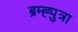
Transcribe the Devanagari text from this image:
ब्रम्ह्पुत्रा